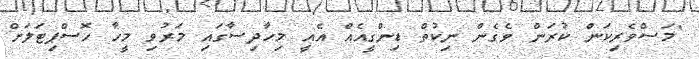
"މަސްވެރިކަން ކުރަން ވެގެން ނިކުތް ޑިންގީއެއް އެއީ މިހާދިސާގައި މަރުވި މީހާ ހޮސްޕިޓަލަށް